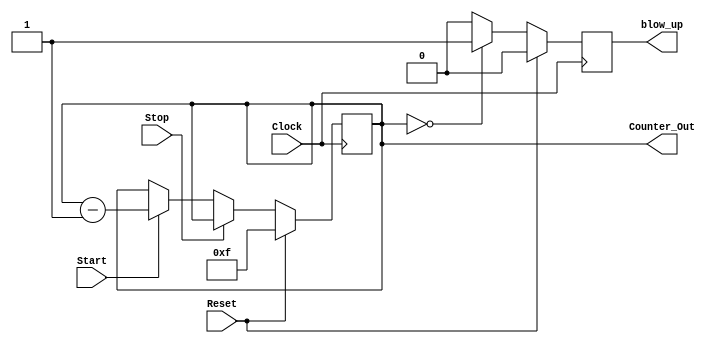
`timescale 1ns / 1ps
//////////////////////////////////////////////////////////////////////////////////
// Company: 
// Engineer: 
// 
// Design Name: 
// Module Name:    TimeBomb 
// Project Name: 
// Target Devices: 
// Tool versions: 
// Description: 
//
// Dependencies: 
//
// Revision: 
// Revision 0.01 - File Created
// Additional Comments: 
//
//////////////////////////////////////////////////////////////////////////////////
module TimeBomb(
    input Clock, input Reset, input Start, input Stop,
    output reg[3:0] Counter_Out, output reg blow_up
    );
		
		always @ (posedge Clock)
		begin: CounterBlock
			if(blow_up == 1'b1)
				blow_up = 1'b0;
			if(Counter_Out == 4'b0000) begin
				blow_up = 1'b1;
				end
			if(Reset == 1'b1)begin
				Counter_Out = 4'b1111;
				blow_up = 1'b0;
				end
			else if(Stop == 1'b1)begin 
				Counter_Out = Counter_Out;
				end
			else if(Start == 1'b1) begin
				Counter_Out = Counter_Out - 1;
				end
		end

endmodule